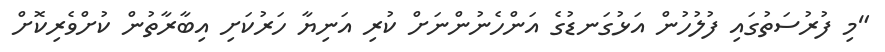
"މި ފުރުސަތުގައި ފުލުހުން އަޅުގަނޑުގެ އަންހެނުންނަށް ކުރި އަނިޔާ ހަރުކަށި އިބާރާތުން ކުށްވެރިކޮށް